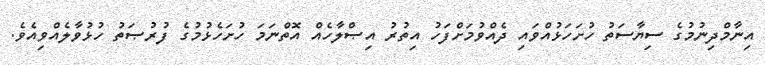
އިނާމްދިނުމުގެ ސިޔާސަތު ހުށަހަޅުއްވައި ދެއްވުމަށްފަހު އިތުރު އިޞްލާހެއް އޮތްނަމަ ހުށަހެޅުމުގެ ފުރުޞަތު ހުޅުވާލެއްވިއެވެ.